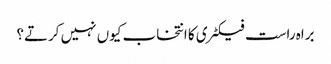
براہ راست فیکٹری کا انتخاب کیوں نہیں کرتے؟